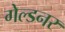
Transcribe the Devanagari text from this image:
गेल्डनर